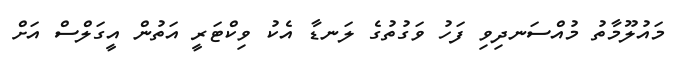
މައުލޫމާތު މުއްސަނދިވި ފަހު ވަގުތުގެ ލަނޑާ އެކު ވިކްޓަރީ އަތުން އީގަލްސް އަށް